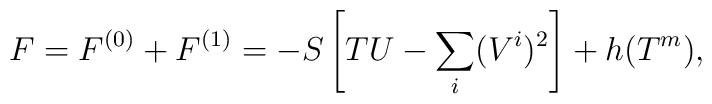
F=F^{(0)}+F^{(1)}=-S\left[TU-\sum_i(V^i)^2\right]+h(T^m),